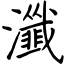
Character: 瀸